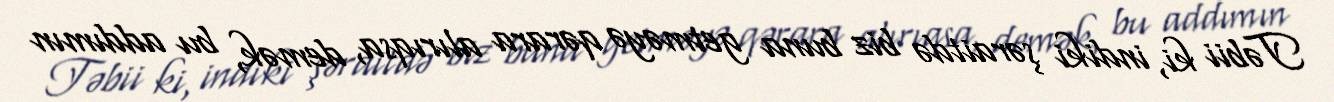
Təbii ki, indiki şəraitdə biz buna getməyə qərara alırıqsa, demək, bu addımın